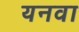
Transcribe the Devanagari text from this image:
यनवा